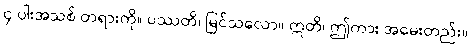
၄-ပါးအသစ် တရားကို။ ပဿတိ၊ မြင်သလော။ ဣတိ၊ ဤကား အမေးတည်း။